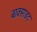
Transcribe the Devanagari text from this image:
बाक्‍साइट